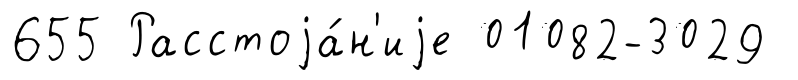
655 Расстоjа́н'иjе 01082-3029